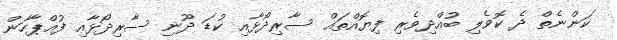
ކަންނެތް ދެ ކޮވެލި ބުއްދިވެރި ފިޔޮއްތައް ސާރިދޯޅާއި ކުޑަ ދޫނި ސާރިދޯޅާއި ފުއްޕާހަން